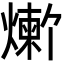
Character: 𬋆